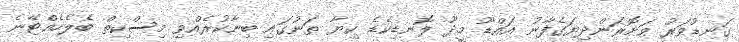
ގަނޑުވަރު ވަށޮރަންދިޔަގެފާނު އައްޑޫ މީދޫ ލޮނޑިކެޑެ ކިޔާ ތަނުގައި ބިނާކުރެއްވި މިސްކިތް ބެލެހެއްޓޭނެ